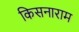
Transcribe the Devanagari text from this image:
किसनाराम